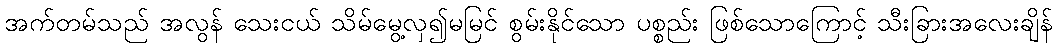
အက်တမ်သည် အလွန် သေးငယ် သိမ်မွေ့လှ၍မမြင် စွမ်းနိုင်သော ပစ္စည်း ဖြစ်သောကြောင့် သီးခြားအလေးချိန်